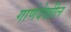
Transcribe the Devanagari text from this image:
गाणेदेखील